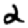
Digit: 2